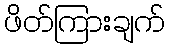
ဖိတ်ကြားချက်